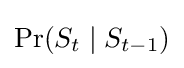
\Pr(S_{t}\mid S_{t-1})